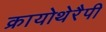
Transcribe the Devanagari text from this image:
क्रायोथेरैपी